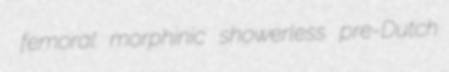
femoral morphinic showerless pre-Dutch